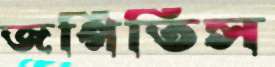
জপিতিস